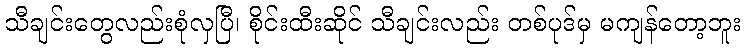
သီချင်းတွေလည်းစုံလှပြီ၊ စိုင်းထီးဆိုင် သီချင်းလည်း တစ်ပုဒ်မှ မကျန်တော့ဘူး